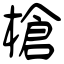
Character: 槍